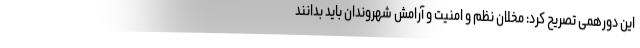
این دورهمی تصریح کرد: مخلان نظم و امنیت و آرامش شهروندان باید بدانند